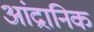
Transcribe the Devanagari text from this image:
आंद्रानिक